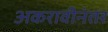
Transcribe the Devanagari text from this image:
अकरावीनंतर